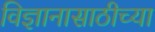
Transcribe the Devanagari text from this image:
विज्ञानासाठीच्या